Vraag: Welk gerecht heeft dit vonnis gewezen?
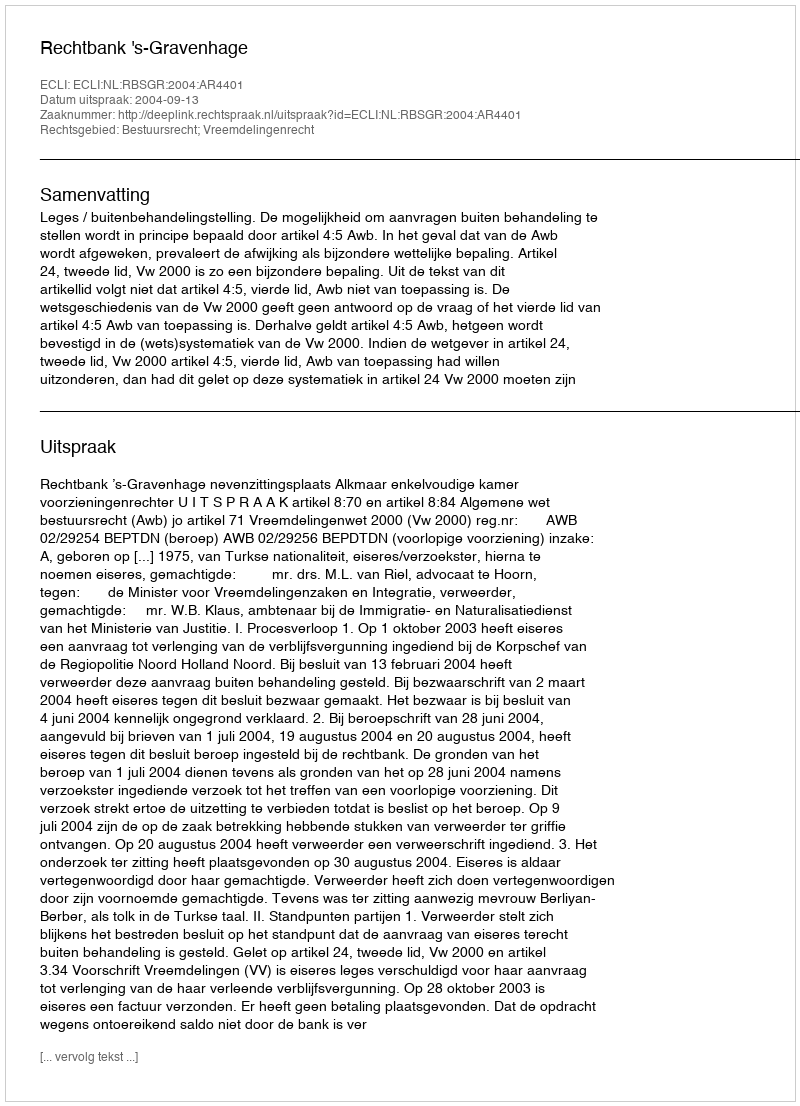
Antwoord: Rechtbank 's-Gravenhage